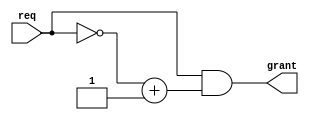
module fixed_priority_arbiter(
    req,
    grant
);
parameter WIDTH = 8;

input [WIDTH-1:0] req;
output [WIDTH-1:0] grant;

assign grant = req & (~req + 1);

endmodule